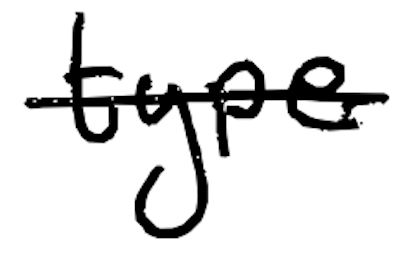
Text: type
Cross-out: single-line
Writing tool: digital_black